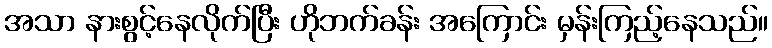
အသာ နားစွင့်နေလိုက်ပြီး ဟိုဘက်ခန်း အကြောင်း မှန်းကြည့်နေသည်။